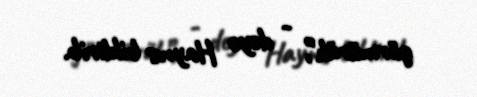
görmürük”, - deyə Hayns bildirib.